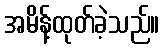
အမိန့်ထုတ်ခဲ့သည်။